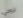
لزوجي